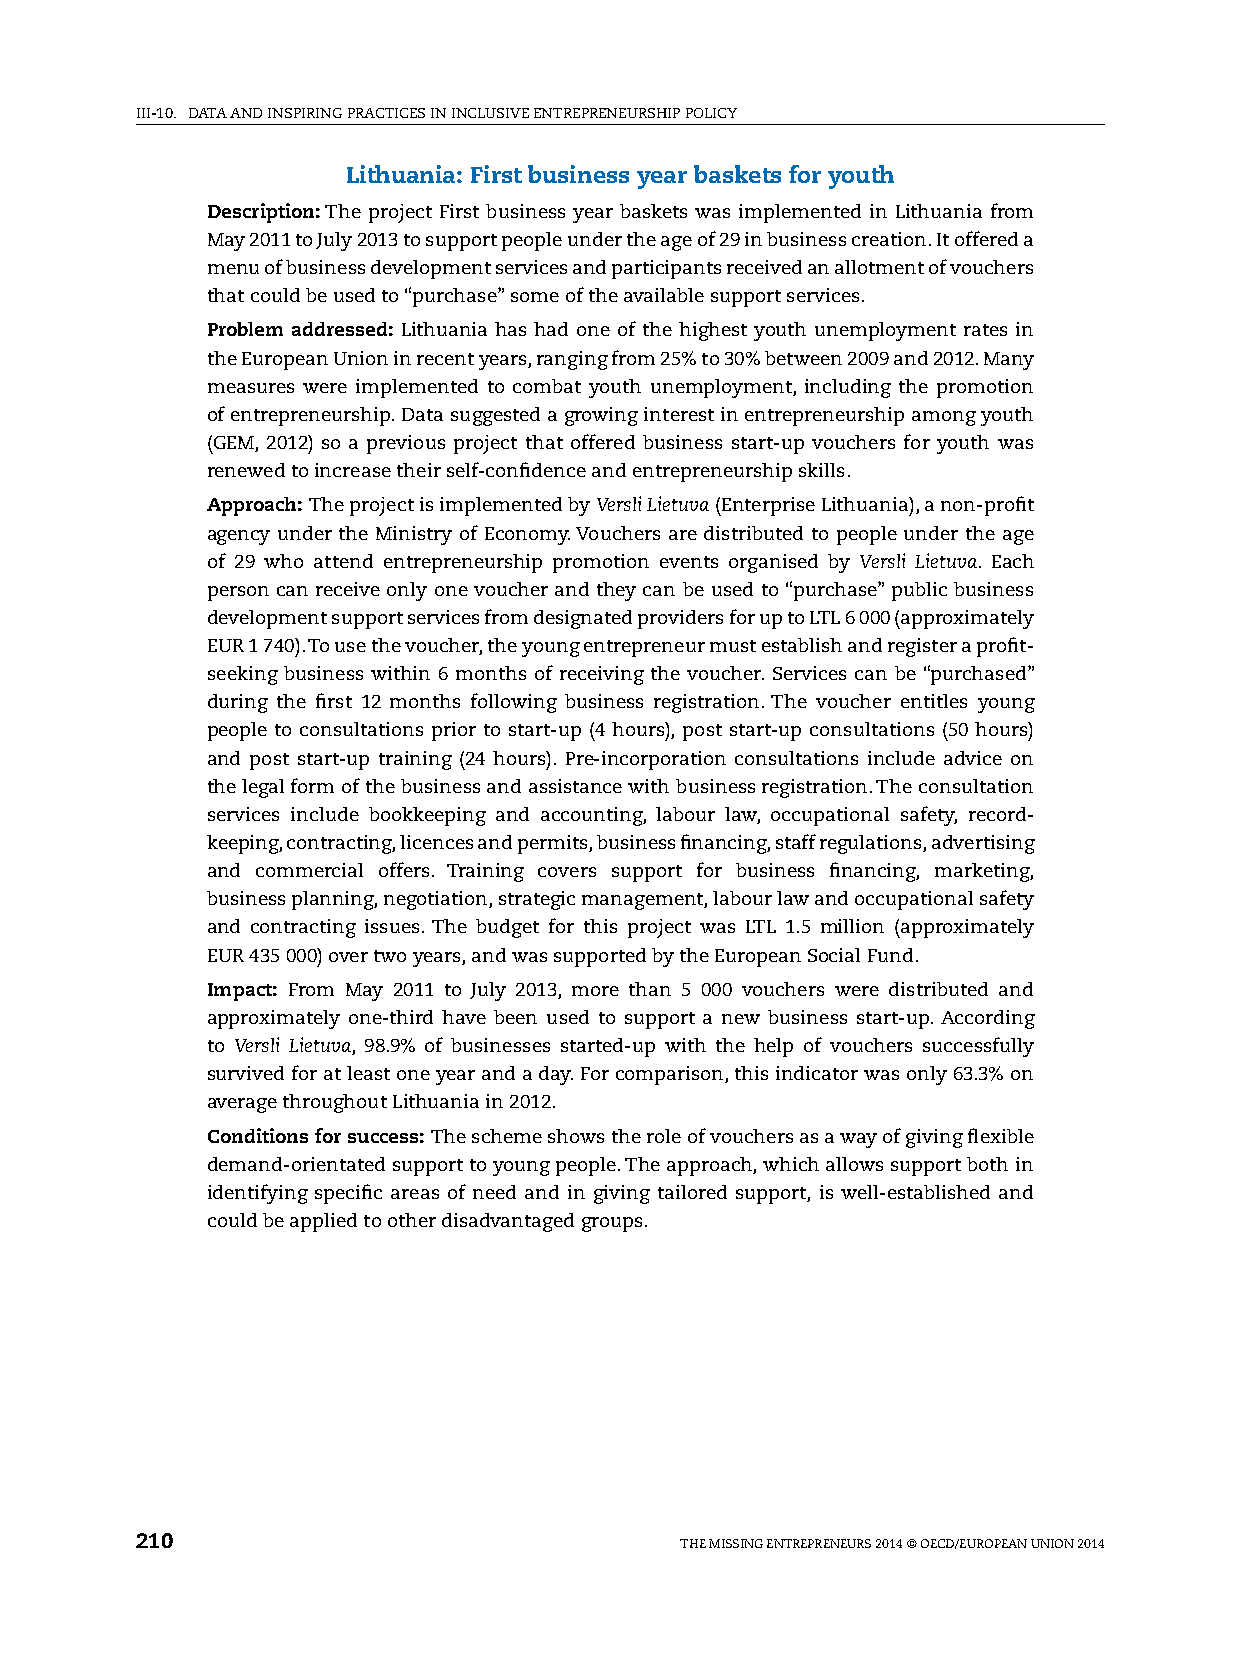
iii-10. DATA AnD inspiring prACTiCes in inClusive enTrepreneurship pOliCy
 Lithuania: First business year baskets for youth
 Description: The project First business year baskets was implemented in lithuania from
 May 2011 to July 2013 to support people under the age of 29 in business creation. it offered a
 menu of business development services and participants received an allotment of vouchers
 that could be used to “purchase” some of the available support services.
 Problem addressed: lithuania has had one of the highest youth unemployment rates in
 the european union in recent years, ranging from 25% to 30% between 2009 and 2012. Many
 measures were implemented to combat youth unemployment, including the promotion
 of entrepreneurship. Data suggested a growing interest in entrepreneurship among youth
 (geM, 2012) so a previous project that offered business start-up vouchers for youth was
 renewed to increase their self-confidence and entrepreneurship skills.
 Approach: The project is implemented by Versli Lietuva (enterprise lithuania), a non-profit
 agency under the Ministry of economy. vouchers are distributed to people under the age
 of 29 who attend entrepreneurship promotion events organised by Versli Lietuva. each
 person can receive only one voucher and they can be used to “purchase” public business
 development support services from designated providers for up to lTl 6 000 (approximately
 eur 1 740). To use the voucher, the young entrepreneur must establish and register a profit-
 seeking business within 6 months of receiving the voucher. services can be “purchased”
 during the first 12 months following business registration. The voucher entitles young
 people to consultations prior to start-up (4 hours), post start-up consultations (50 hours)
 and post start-up training (24 hours). pre-incorporation consultations include advice on
 the legal form of the business and assistance with business registration. The consultation
 services include bookkeeping and accounting, labour law, occupational safety, record-
 keeping, contracting, licences and permits, business financing, staff regulations, advertising
 and commercial offers. Training covers support for business financing, marketing,
 business planning, negotiation, strategic management, labour law and occupational safety
 and contracting issues. The budget for this project was lTl 1.5 million (approximately
 eur 435 000) over two years, and was supported by the european social Fund.
 Impact: From May 2011 to July 2013, more than 5 000 vouchers were distributed and
 approximately one-third have been used to support a new business start-up. According
 to Versli Lietuva, 98.9% of businesses started-up with the help of vouchers successfully
 survived for at least one year and a day. For comparison, this indicator was only 63.3% on
 average throughout lithuania in 2012.
 Conditions for success: The scheme shows the role of vouchers as a way of giving flexible
 demand-orientated support to young people. The approach, which allows support both in
 identifying specific areas of need and in giving tailored support, is well-established and
 could be applied to other disadvantaged groups.
 210                                 The Missing enTrepreneurs 2014 © OeCD/eurOpeAn uniOn 2014